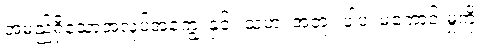
အမည်ရှိသောအလုပ်အကျွေးနှင့်။ သဟ၊ အတူ။ ပါပံ၊ မကောင်းမှုကို။